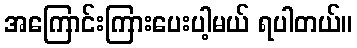
အကြောင်းကြားပေးပါ့မယ် ရပါတယ်။